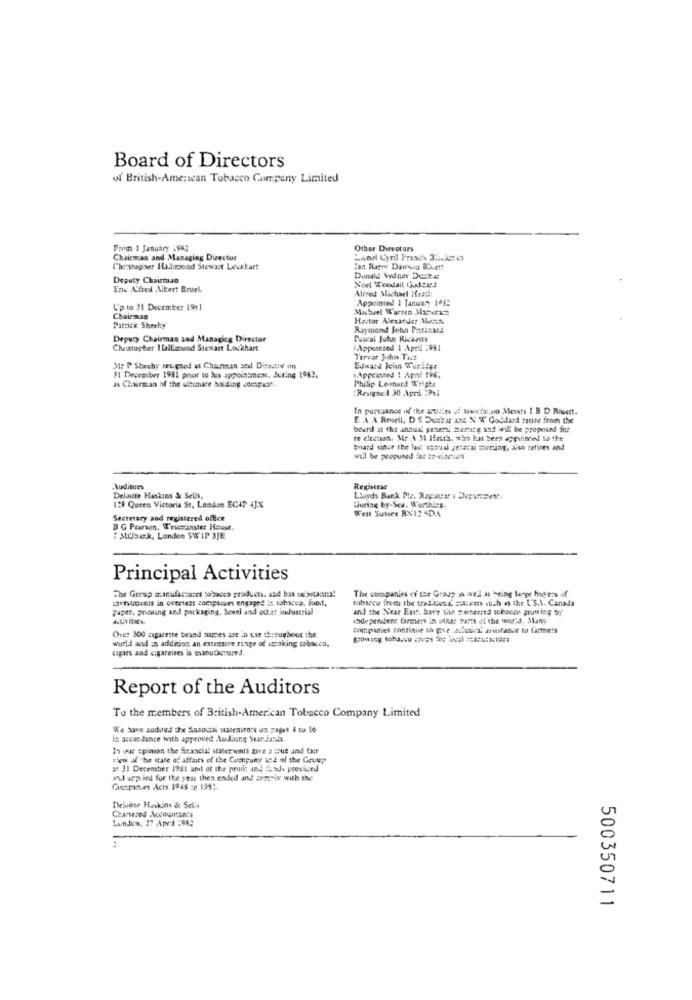
Board of Directors
of British-American Tobacco Company Limited
From 1 January 198]
Other Directurs
Chairman and Managing Director
Chestopher Hallapond Stewart Leckbart
Deputy Chairman
Donald Sydney Detet
Enwe Alfred Mitert Bruel
Nort Woodall Gatxd
Alfred Michael Heath
Appointed 1 January 198:
Up to 31 December 1921
Michael Warren Mackram
Chairman
Hastor Alexander Ment
Patrick Sheehy
Raymond Jeha Poussard
Deputy Chairman and Managing Director
Pascal John Ricans
Cluistopher Ilall'mond Stewart Lockhart
(Apposied 1 April :981
Torear John Tict
M: P Sbechy resigned as Chairman and Dieactive on
#1 Deoreiber 1981 prior to lus appointment. Suring 1982.
NAppeanted t Apnl 196.
as Chairman of the ultimate holding compare.
Philip Leonard W'right
"Resigned 30 Apri :Psi
In purvance if the Lists of wwwstar,wo Messti 1 8 D Risent.
E .A A Bmell, D S Dunkar ane N W Goddard route from thee
board at the annual general matieg ast will be proposed for
re duction. Mr A M Hasta, who has been appointed to the
Board since the last somaal personal meeting, aise retires and
will be peopused for se-ciactief
,Auditors
Registrac
Deloitte Haskons & Set's,
Lloyds Bank Ple. Rapauy i Depinsent.
128 Queen Victoria St, London ECAP 4JX
Guring by-Sca. Worthing
West Sussex RX124DA
Secretary and registered office
B G Pearson, Westminster House
: Milk, London SW IP JJE
Principal Activities
The Group manufactures tobacco products, and bas sestaana!
The companies of the Group as well as being large hisens of
tobarco from the trad tec & == less stich as the L'S.A. Canada
paper, printing and packaging, Souel and oder industrial
and the Near East. have two crescered schacer growing by
sadependent farmers in other za21 ef the world. Many
Diunpanies continue sa give achick' asistance to factners
Ove: 300 zigarette brand names are in use throughout the
world and in addition an extensive range of itpoking tobacco,
cagaes and cigareues is manufactured.
Report of the Auditors
To the members of British-American Tobacco Company Limited
We have sudied the Sinaochhi ustesien's un pages i to lo
In accordance with approved Audiune Sur Jands.
In wue spinion the Seascial statements five a true and fair
view af the state of affairs of the Company set of the Group
37 31 December 1981 and of the pron; and Isde previced
and applied for the year then ended and semenis with the
Cuespan.es Acts 1948 :0 194 :.
Deishse Haskins & Sel's
Chartered Accountants
Lunden, 17 Ape4 :582
500350711